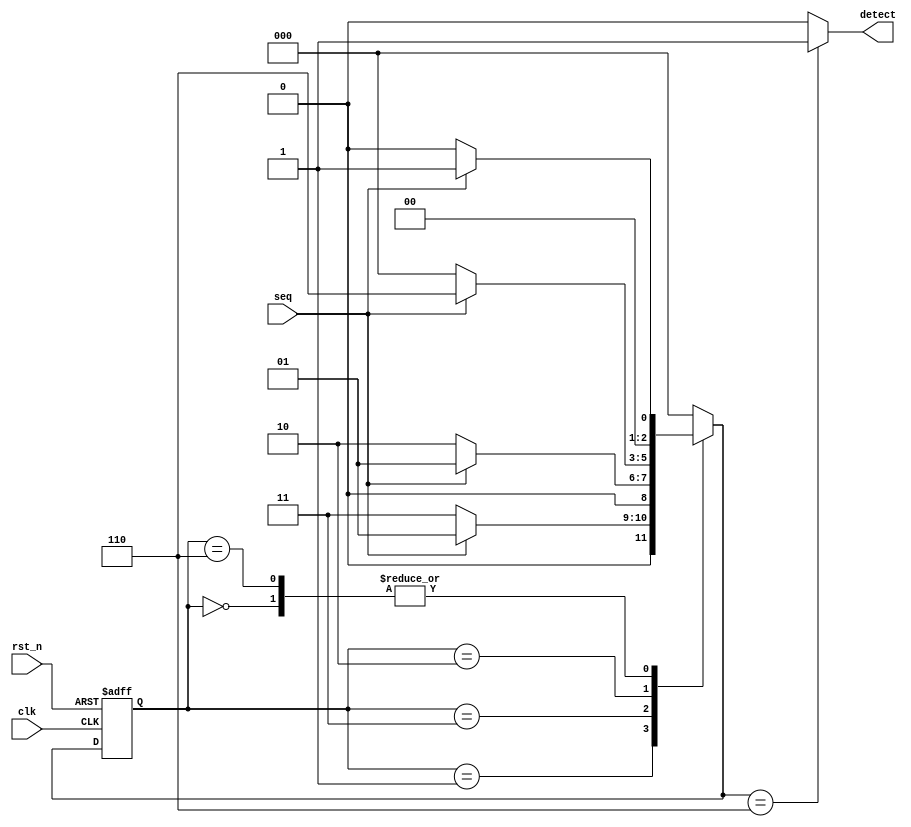
/*
verilog100110
*/
module Seq_detect (
    input clk,
    input rst_n,
    input seq,
    output wire detect
);
    parameter IDLE = 3'b000 , s1 = 3'b001 , s2 = 3'b011 ,s3 = 3'b010, s4 = 3'b110;
    reg [2:0] cstate,nstate;
    always @(posedge clk or negedge rst_n) begin
        if(!rst_n)
            cstate <= IDLE;
        else
            cstate <= nstate;
    end
 
    always @(*) begin
        case (cstate)
            IDLE :  nstate = seq ? s1 : IDLE;
            s1   :  nstate = seq ? s1 : s2  ;
            s2   :  nstate = seq ? s1 : s3  ;
            s3   :  nstate = seq ? s4 : IDLE;
            s4   :  nstate = seq ? s1 : IDLE;
            default: nstate = IDLE;
        endcase
    end
 
    assign detect = (nstate == s4)? 1 : 0 ;
endmodule